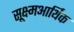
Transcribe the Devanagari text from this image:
सूक्ष्मआर्थिक